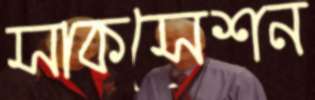
সাকসেশন